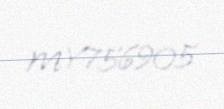
MY756905